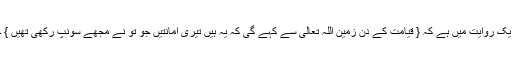
ایک روایت میں ہے کہ { قیامت کے دن زمین اللہ تعالیٰ سے کہے گی کہ یہ ہیں تیری امانتیں جو تو نے مجھے سونپ رکھی تھیں } ۔